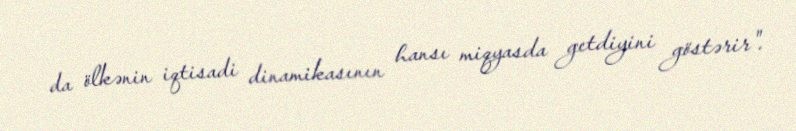
da ölkənin iqtisadi dinamikasının hansı miqyasda getdiyini göstərir".